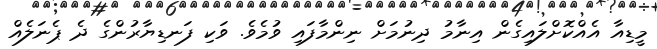
މީޑިއާ އެއްކޮށްލައިގެން އިނާމު ދިނުމަށް ނިންމާފައި ވުމެވެ. ވަކި ފަނޑިޔާރުންގެ ދެ ޕެނަލެއް